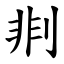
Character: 剕